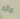
ماله